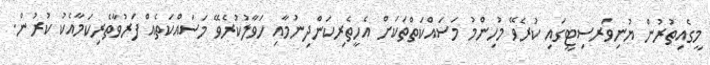
މީގެއިތުރުން ޔުނިވަރސިޓީގައި ކުރެވޭ މުހިންމު މަސައްކަތްތަކަށް އެހީތެރިކަންދިނުމާއި ހަވާލުކުރެވޭ މަސައްކަތެއް ފަރުވާތެރިކަމާއެކު ކުރުން.